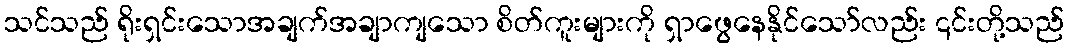
သင်သည် ရိုးရှင်းသောအချက်အချာကျသော စိတ်ကူးများကို ရှာဖွေနေနိုင်သော်လည်း ၎င်းတို့သည်